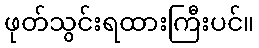
ဖုတ်သွင်းရထားကြီးပင်။